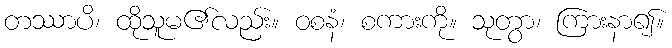
တဿာပိ၊ ထိုသူမ၏လည်း။ ဝစနံ၊ စကားကို။ သုတွာ၊ ကြားနာ၍။